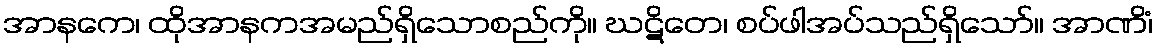
အာနကေ၊ ထိုအာနကအမည်ရှိသောစည်ကို။ ဃဋိတေ၊ စပ်ဖါအပ်သည်ရှိသော်။ အာဏိံ၊